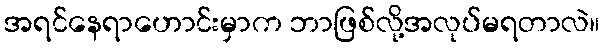
အရင်နေရာဟောင်းမှာက ဘာဖြစ်လို့အလုပ်မရတာလဲ။